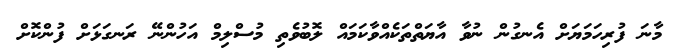
މާނަ ފުރިހަމަޔަށް އެނގުން ނުވާ އާޔަތްތަކެެއްވާކަމައް ލޮބުވެތި މުސްލިމް އަހުންނޭ ރަނގަޅަށް ފުންކޮށް